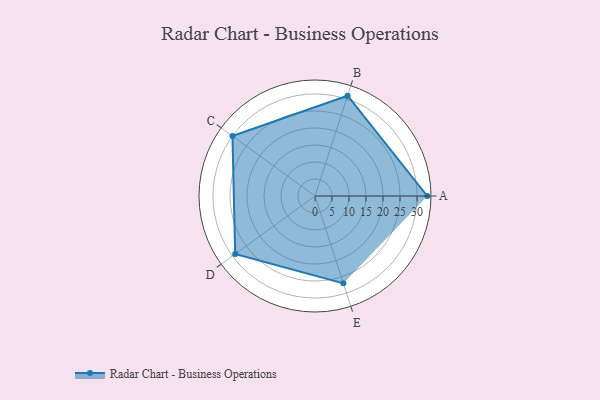
{"axis": {"x": "Skill", "y": "Score"}, "legend": ["Profile"], "data": [{"x": "A", "y": 33.0, "type": "Profile"}, {"x": "B", "y": 31.0, "type": "Profile"}, {"x": "C", "y": 30.0, "type": "Profile"}, {"x": "D", "y": 29.0, "type": "Profile"}, {"x": "E", "y": 27.0, "type": "Profile"}]}